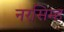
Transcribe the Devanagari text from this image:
नरसिम्ह